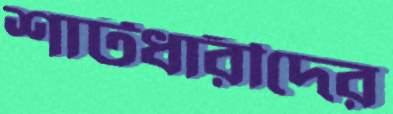
শার্টধারীদের